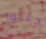
جلبوا